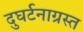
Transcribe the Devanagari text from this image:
दुघर्टनाग्रस्त